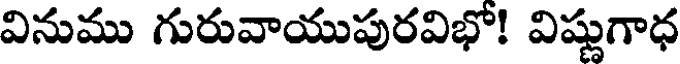
వినుము గురువాయుపురవిభో! విష్ణుగాధ